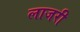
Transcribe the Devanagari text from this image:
लाजरी